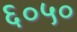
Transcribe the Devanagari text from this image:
६०५०